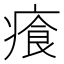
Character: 𤸤